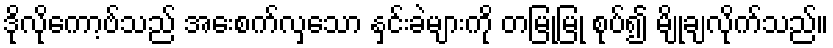
ဒိုလိုကော့ဗ်သည် အေးစက်လှသော နှင်းခဲများကို တမြုံ့မြုံ စုပ်၍ မျိုချလိုက်သည်။